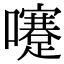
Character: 𡄓